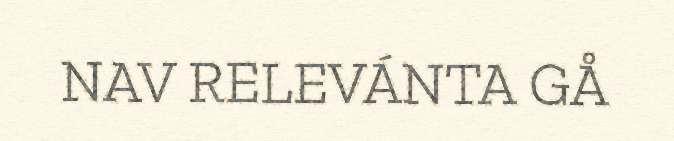
NAV RELEVÁNTA GÅ